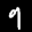
Label: 9